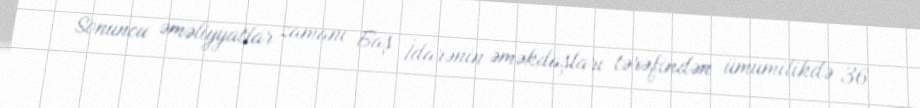
Sonuncu əməliyyatlar zamanı Baş İdarənin əməkdaşları tərəfindən ümumilikdə 36